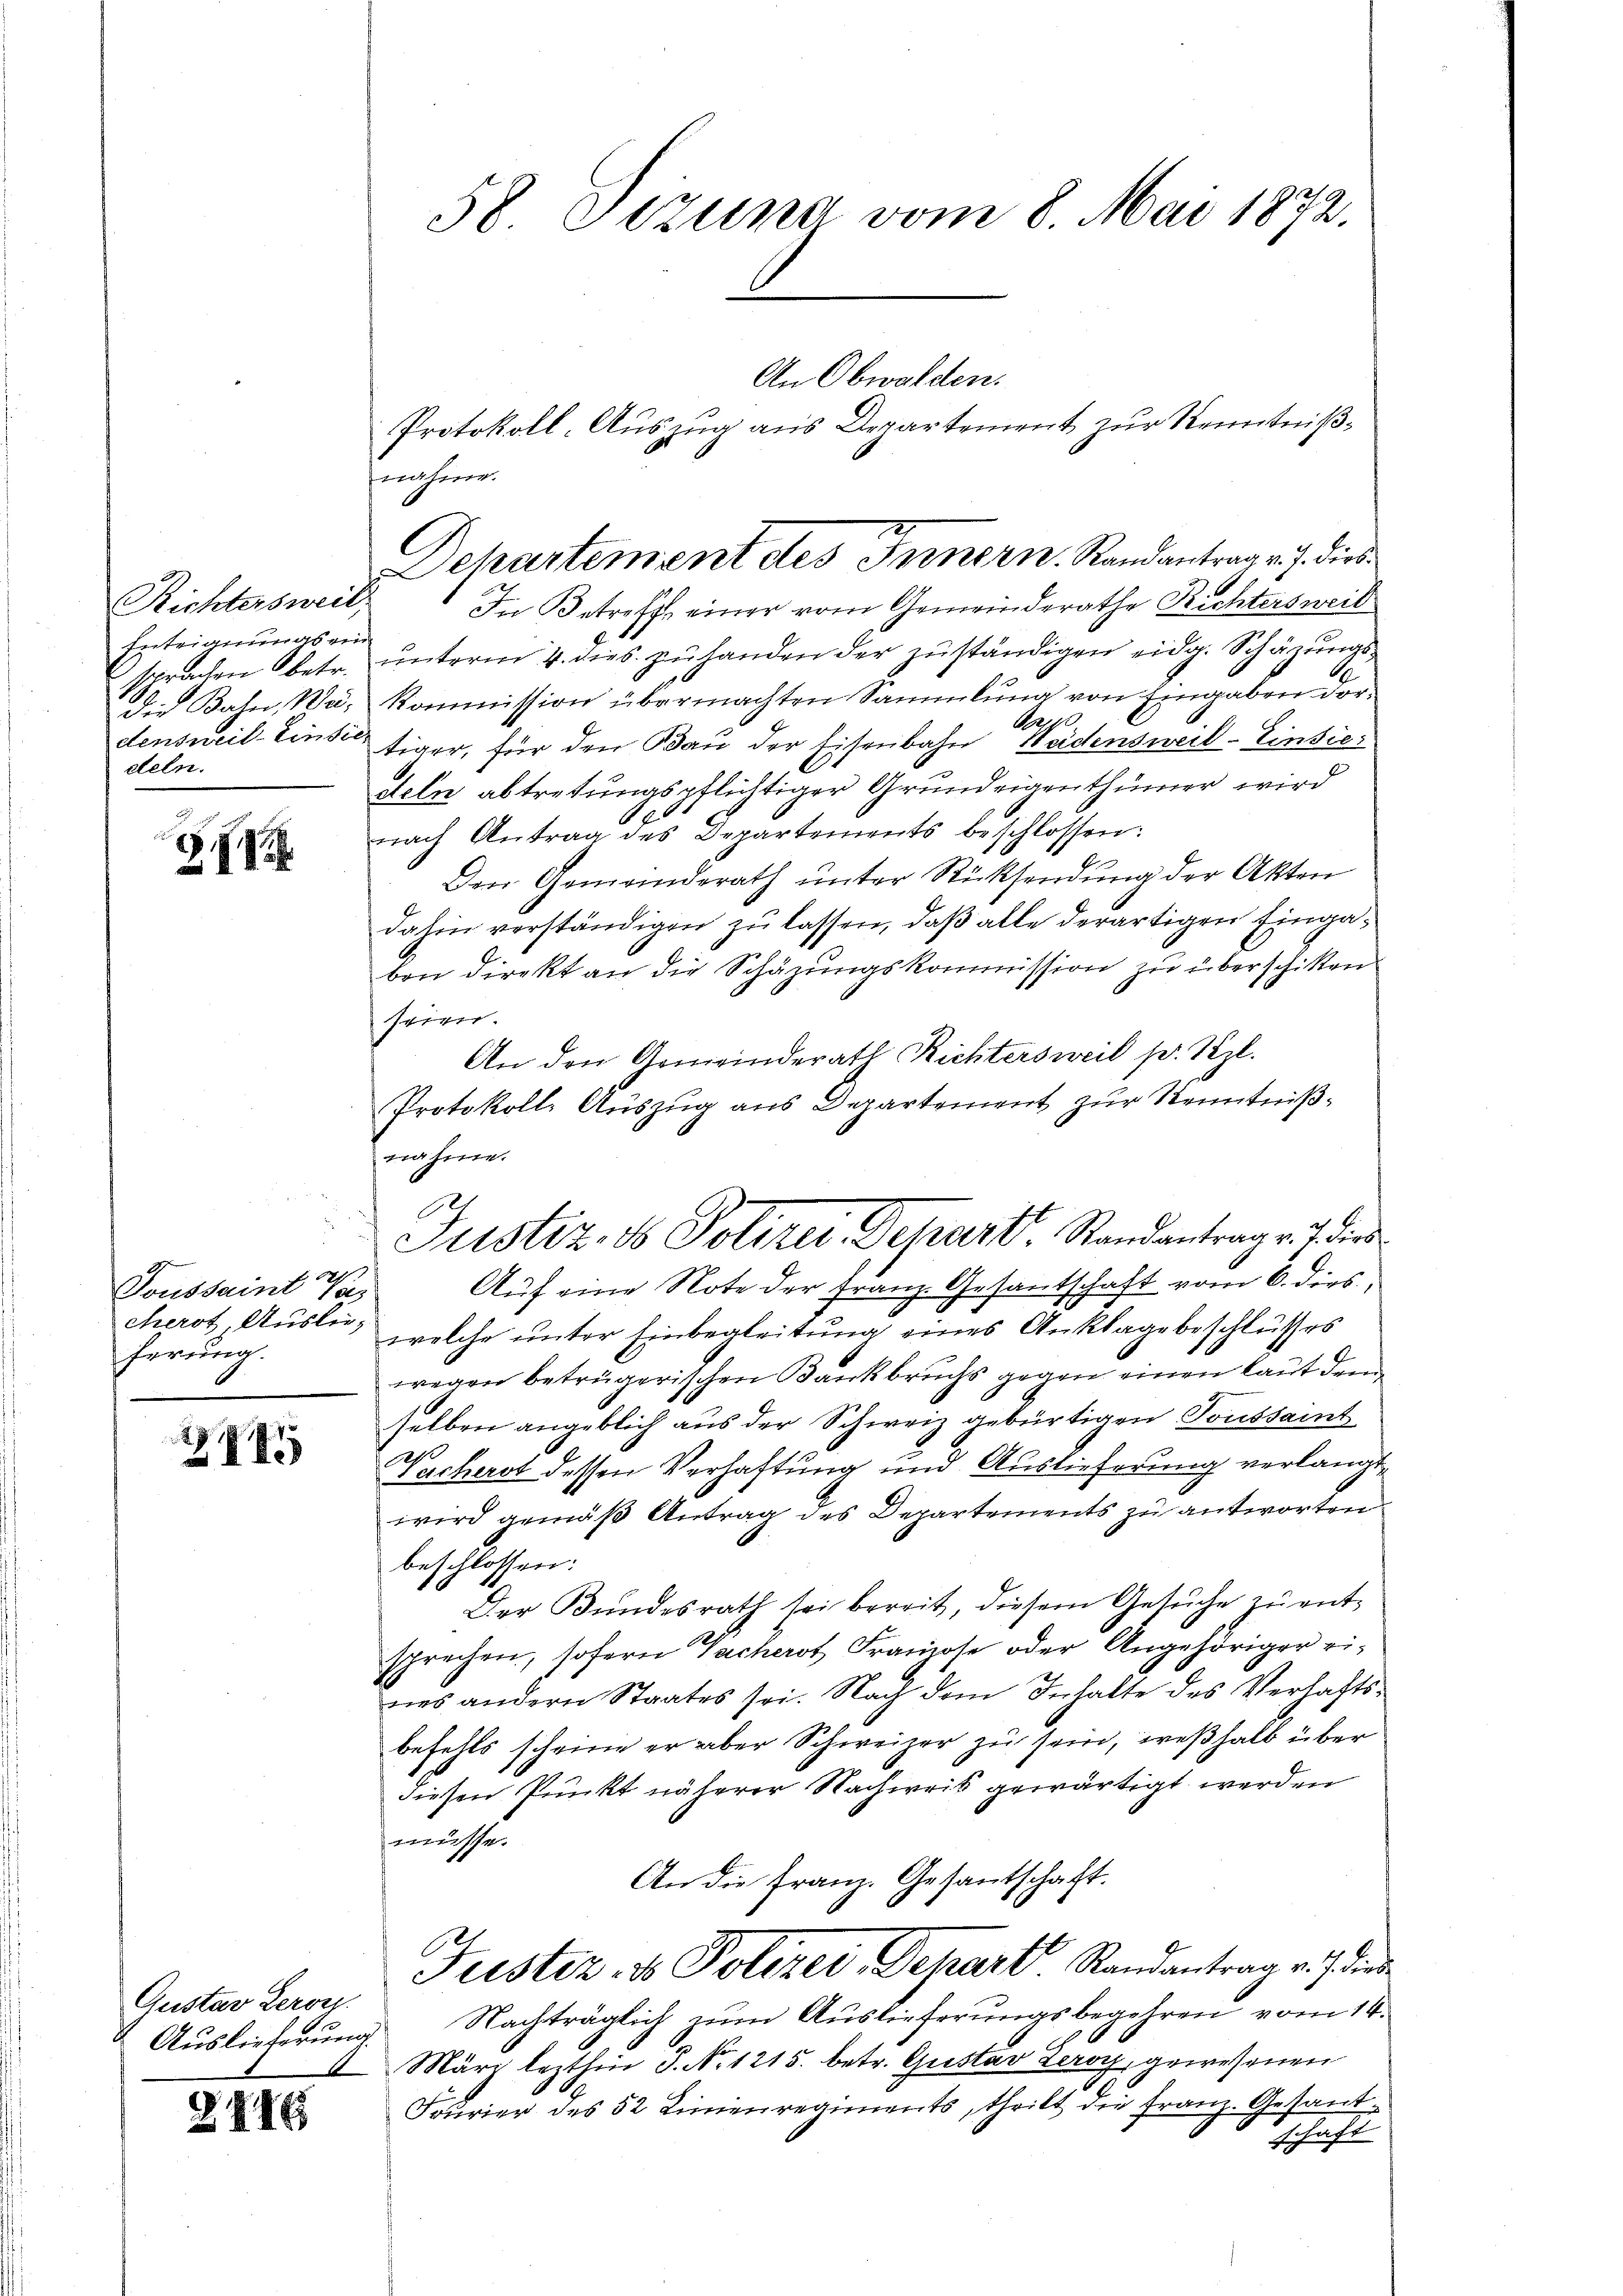
Richtersweil;
Intriammas ein
sprachen betr.
die Bahn Wadensweil-Einsie
deln.

71

220
Toussaint 18
cherst Auslieferung.

288

Gustav Leron
Auslieferung

2816

58 Sizung vom 8. Mai 1872.

In Betreff einer vom Gemeinderathe Richtersweil
unterm 4. dies zu handen der zuständigen eidg. Schäzungs¬
A.
Kommission übermachten Sammlung von Eingaben dor¬
Abegge
tiger, für den Bau der Eisenbahn Heidensweil–Einsie
feln abtretungspflichtiger Grundeigenthümer wird
6
nach Antrag des Departements beschlossen:
Den Gemeinderath unter Rücksendung der Akten
dahin verständigen zu lassen, daß alle derartigen Eingaben direkt an die Schäzŭngskommission zu überschiken
seien.
An den Gemeinderath Richtersweil pr. Szl.
Protokoll- Auszug aus Departement zur Kenntniß¬
Auf eine Note der Franz. Gesantschaft vom 6. ders,
welche unter Einbegleitung eines Anklage beschlußes
wegen beträgerischen Bankbruchs gegen einen laut dem
selben angeblich aus der Schweiz gebürtigen. Toussamt
Vacherst dessen Verhaftung und Auslieferung verlangt,
wird gemäß Antrag des Departements zu antworten
beschlossen:
Der Bundesrath sei bereit, diesem Gesŭche zu ent-
sprechen, sofern Sacherst Franzose oder Angehöriger ei-
nes andern Staates sei. Nach dem Inhalte des Verhaftsbefehls scheine er aber Schweizer zu sein, weßhalb über
diesen Prunkt näherer Nachweis gewärtigt werden
müsse.
An die Franz. Gesantschaft.
Justiz- & Polizei, Depart. Randantrag v. J. die
Nachträglich zum Auslieferungsbegehren vom 14.
März lezthin J. No 1215. betr. Gustav Zeroy, gewesenen
Fourier des 52 Linienregiments, theilt die Franz. Gesandschaft

nahme.
C
Departement des Innern, Randantrag v. J. dies

nahme.
Justiz- & Polizei, Schart. Randantrag v. 7 dies

An Obwalden.
Protokoll-Auszug aus Departement zur Kenntniß¬